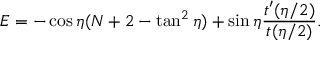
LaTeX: E = - \cos \eta ( N + 2 - \tan ^ { 2 } \eta ) + \sin \eta \frac { t ^ { \prime } ( \eta / 2 ) } { t ( \eta / 2 ) } . \nonumber